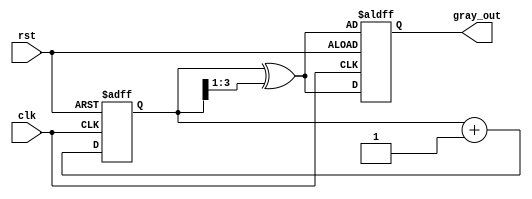
module gray_code_counter (
    input wire clk,          // Clock signal
    input wire rst,          // Asynchronous reset signal
    output reg [3:0] gray_out // 4-bit Gray code output
);

    reg [3:0] bin_count; // Internal binary counter

    // Convert binary to Gray code
    function [3:0] binary_to_gray;
        input [3:0] bin;
        binary_to_gray = bin ^ (bin >> 1);
    endfunction

    // Synchronous process for counting
    always @(posedge clk or posedge rst) begin
        if (rst) begin
            bin_count <= 4'b0000; // Initialize binary counter to zero
            gray_out <= binary_to_gray(bin_count); // Update Gray code output
        end else begin
            bin_count <= bin_count + 1; // Increment binary counter
            gray_out <= binary_to_gray(bin_count); // Update Gray code output
        end
    end

endmodule